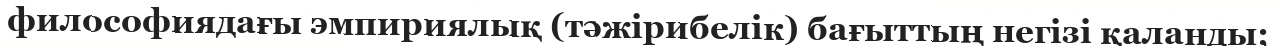
философиядағы эмпириялық (тәжірибелік) бағыттың негізі қаланды;